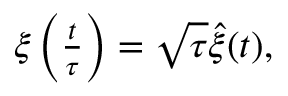
\begin{array} { r } { \xi \left( \frac { t } { \tau } \right) = \sqrt { \tau } \hat { \xi } ( t ) , } \end{array}